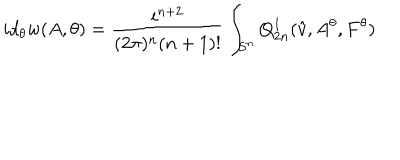
LaTeX: i d _ { \theta } w ( A , \theta ) = \frac { i ^ { n + 2 } } { ( 2 \pi ) ^ { n } ( n + 1 ) ! } \int _ { S ^ { n } } Q _ { 2 n } ^ { 1 } ( \hat { v } , A ^ { \theta } , F ^ { \theta } )